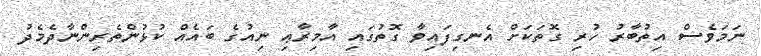
ނަމަވެސް އިތުބާރު ހުރި ގޮތަކަށް އެނގިފައިވާ ގޮތުގައި އާމިރާޢި ނިއުގެ ބައެއް ކުޅުންތެރިންނާދެމެދު